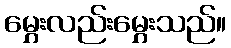
မွှေးလည်းမွှေးသည်။